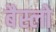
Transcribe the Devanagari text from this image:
बैस्लो